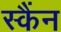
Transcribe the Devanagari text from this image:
स्कैंन